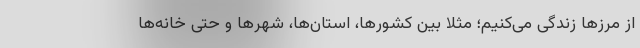
از مرزها زندگی می‌کنیم؛ مثلا بین کشورها، استان‌ها، شهرها و حتی خانه‌ها